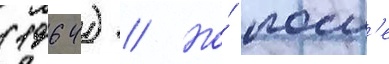
(1964) // Но́ посл'е